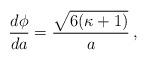
LaTeX: \begin{align*}{d \phi \over da}= { \sqrt{6(\kappa +1)} \over a} \,,\end{align*}